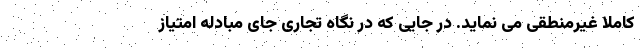
کاملا غیرمنطقی می نماید. در جایی که در نگاه تجاری جای مبادله امتیاز